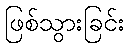
ဖြစ်သွားခြင်း